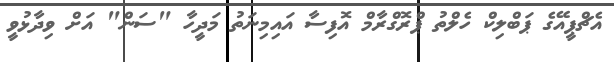
އެޗްޕީއޭގެ ޕަބްލިކް ހެލްތު ޕްރޮގްރާމް އޮފިސާ އައިމިނަތު މަދީހާ "ސަން" އަށް ވިދާޅުވީ